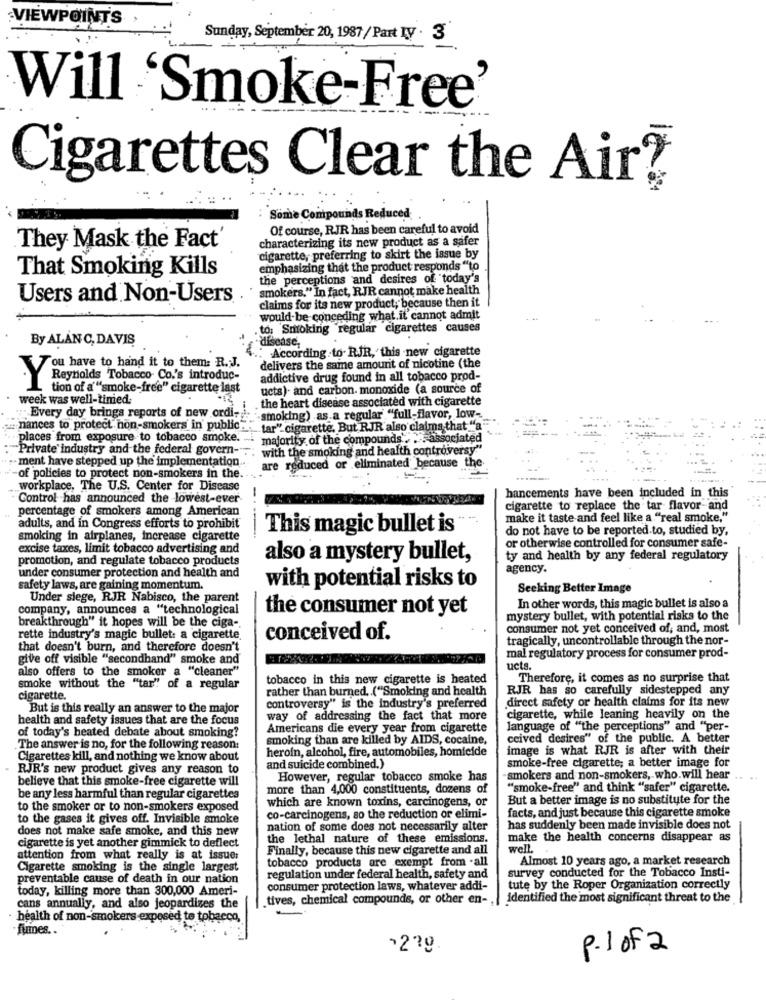
VIEWPOINTS
Sunday, September 20, 1987/ Part IV . 3
Will 'Smoke-Free'
Cigarettes Clear the Air?
Some Compounds Reduced
Of course, RJR has been careful to avoid
characterizing its new product as a safer
They Mask the Fact
cigarette, preferring to skirt the issue by
That Smoking Kills
emphasizing that the product responds "to
the perceptions and desires of today's
smokers." In fact, RJR cannot make health
Users and Non-Users
claims for its new product; because then it
would-be-conceding what.it cannot admit
to: Smoking regular cigarettes causes
By ALAN C, DAVIS
disease,
According .to- RJR, this -new cigarette
You have to hand it to them: R.J.
delivers the same amount of nicotine (the
addictive drug found in all tobacco prod-
Y Reynolds Tobacco Co.'s introduc-
tion of a "smoke-free" cigarette last
ucts)- and carbon monoxide (a source of
week was well-tinied:
the heart disease associated with cigarette
Every day brings reports of new ordi-
"-smoking) as a regular "full-flavor, low-
= nances to protect non-smokers in public"
-tar" cigarette. But RJR also claims that "a"
places from exposure to tobacco smoke.
majority of the compounds'. .. associated
Private industry and the federal govern-
with the smoking and health controversy"
ment have stepped up the implementation.
e reduced or eliminated because the
of policies to protect non-smokers in the.
workplace, The U.S. Center for Disease
Control has announced the lowest-ever-
hancements have been included in this
percentage of smokers among American
cigarette to replace the tar flavor and
make it taste and feel like a "real smoke,"
adults, and in Congress efforts to prohibit
This magic bullet is
do not have to be reported to, studied by,
smoking in airplanes, increase cigarette
excise taxes, limit tobacco advertising and
or otherwise controlled for consumer safe-
promotion, and regulate tobacco products
also a mystery bullet,
ty and health by any federal regulatory
agency.
under consumer protection and health and
safety laws, are gaining momentum.
with potential risks to
Seeking Better Image
Under siege, RJR Nabisco, the parent
company, announces a "technological
the consumer not yet
In other words, this magic bullet is also a
mystery bullet, with potential risks to the
breakthrough" it hopes will be the ciga-
consumer not yet conceived of, and, most
rette industry's magic bullet: a cigarette
conceived of.
tragically, uncontrollable through the nor-
that doesn't burn, and therefore doesn't
give off visible "secondhand" smoke and
mal regulatory process for consumer prod-
also offers to the smoker a "cleaner"
ucts.
tobacco in this new cigarette is heated
Therefore, it comes as no surprise that
smoke without the "tar" of a regular
rather than burned. ("Smoking and health
RJR has so carefully sidestepped any
cigarette.
But is this really an answer to the major
controversy" is the industry's preferred
direct safety or health claims for its new
health and safety issues that are the focus
way of addressing the fact that more
cigarette, while leaning heavily on the
Americans die every year from cigarette
language of "the perceptions" and "per-
of today's heated debate about smoking?
smoking than are killed by AIDS, cocaine,
ceived desires" of the public. A better
The answer is no, for the following reason:
heroin, alcohol, fire, automobiles, homicide
image is what RJR is after with their
Cigarettes kill, and nothing we know about
smoke-free cigarette; a better image for
RJR's new product gives any reason to
and suicide combined.)
believe that this smoke-free cigarette will
However, regular tobacco smoke has
smokers and non-smokers, who.will hear
more than 4,000 constituents, dozens of
"smoke-free" and think "safer" cigarette.
be any less harmful than regular cigarettes
But a better image is no substitute for the
to the smoker or to non-smokers exposed
which are known toxins, carcinogens, or
facts, and just because this cigarette smoke
to the gases it gives off. Invisible smoke
co-carcinogens, so the reduction or elimi-
does not make safe smoke, and this new
nation of some does not necessarily alter
has suddenly been made invisible does not
cigarette is yet another gimmick to deflect
the lethal nature of these emissions.
make the health concerns disappear as
Finally, because this new cigarette and all
well.
attention from what really is at issue:
tobacco products are exempt from -all
Almost 10 years ago, a market research
Cigarette smoking is the single largest
survey conducted for the Tobacco Insti-
preventable cause of death in our nation
regulation under federal health, safety and
today, killing more than 300,000 Ameri-
consumer protection laws, whatever addi-
tute by the Roper Organization correctly
tives, chemical compounds, or other en -,
identified the most significant threat to the
cans annually, and also jeopardizes the
health of non-smokers exposed to tobacco,
fumes ..
-279
p.1 of 2